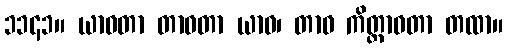
၁၁၄၁။ ယာဝတာ တာဝတာ ယာဝ၊ တာဝ ကိတ္တာဝတာ တထာ။